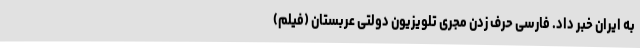
به ایران خبر داد. فارسی حرف زدن مجری تلویزیون دولتی عربستان (فیلم)